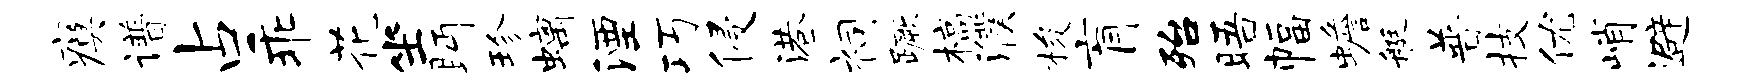
瘼谱占乖花坐眄珍螭湮巧侵港祠蹶槁濮梭肓殆晤幅蟾艇普技优峭避